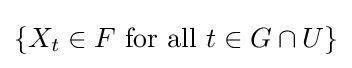
\{X_{t}\in F{\text{ for all }}t\in G\cap U\}